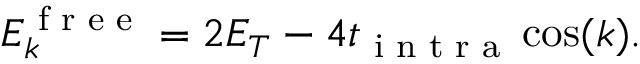
E _ { k } ^ { \textrm { f r e e } } = 2 E _ { T } - 4 t _ { \textrm { i n t r a } } \cos ( k ) .